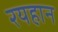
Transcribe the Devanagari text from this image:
रयहान